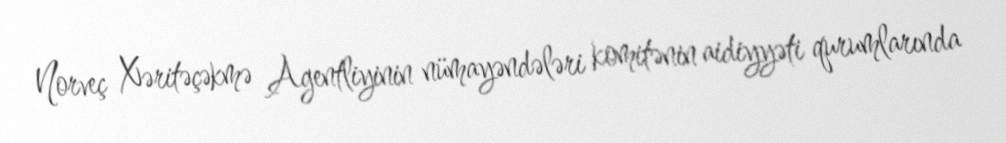
Norveç Xəritəçəkmə Agentliyinin nümayəndələri komitənin aidiyyəti qurumlarında